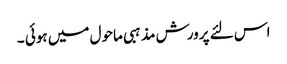
اس لئے پرورش مذہبی ماحول میں ہوئی ۔